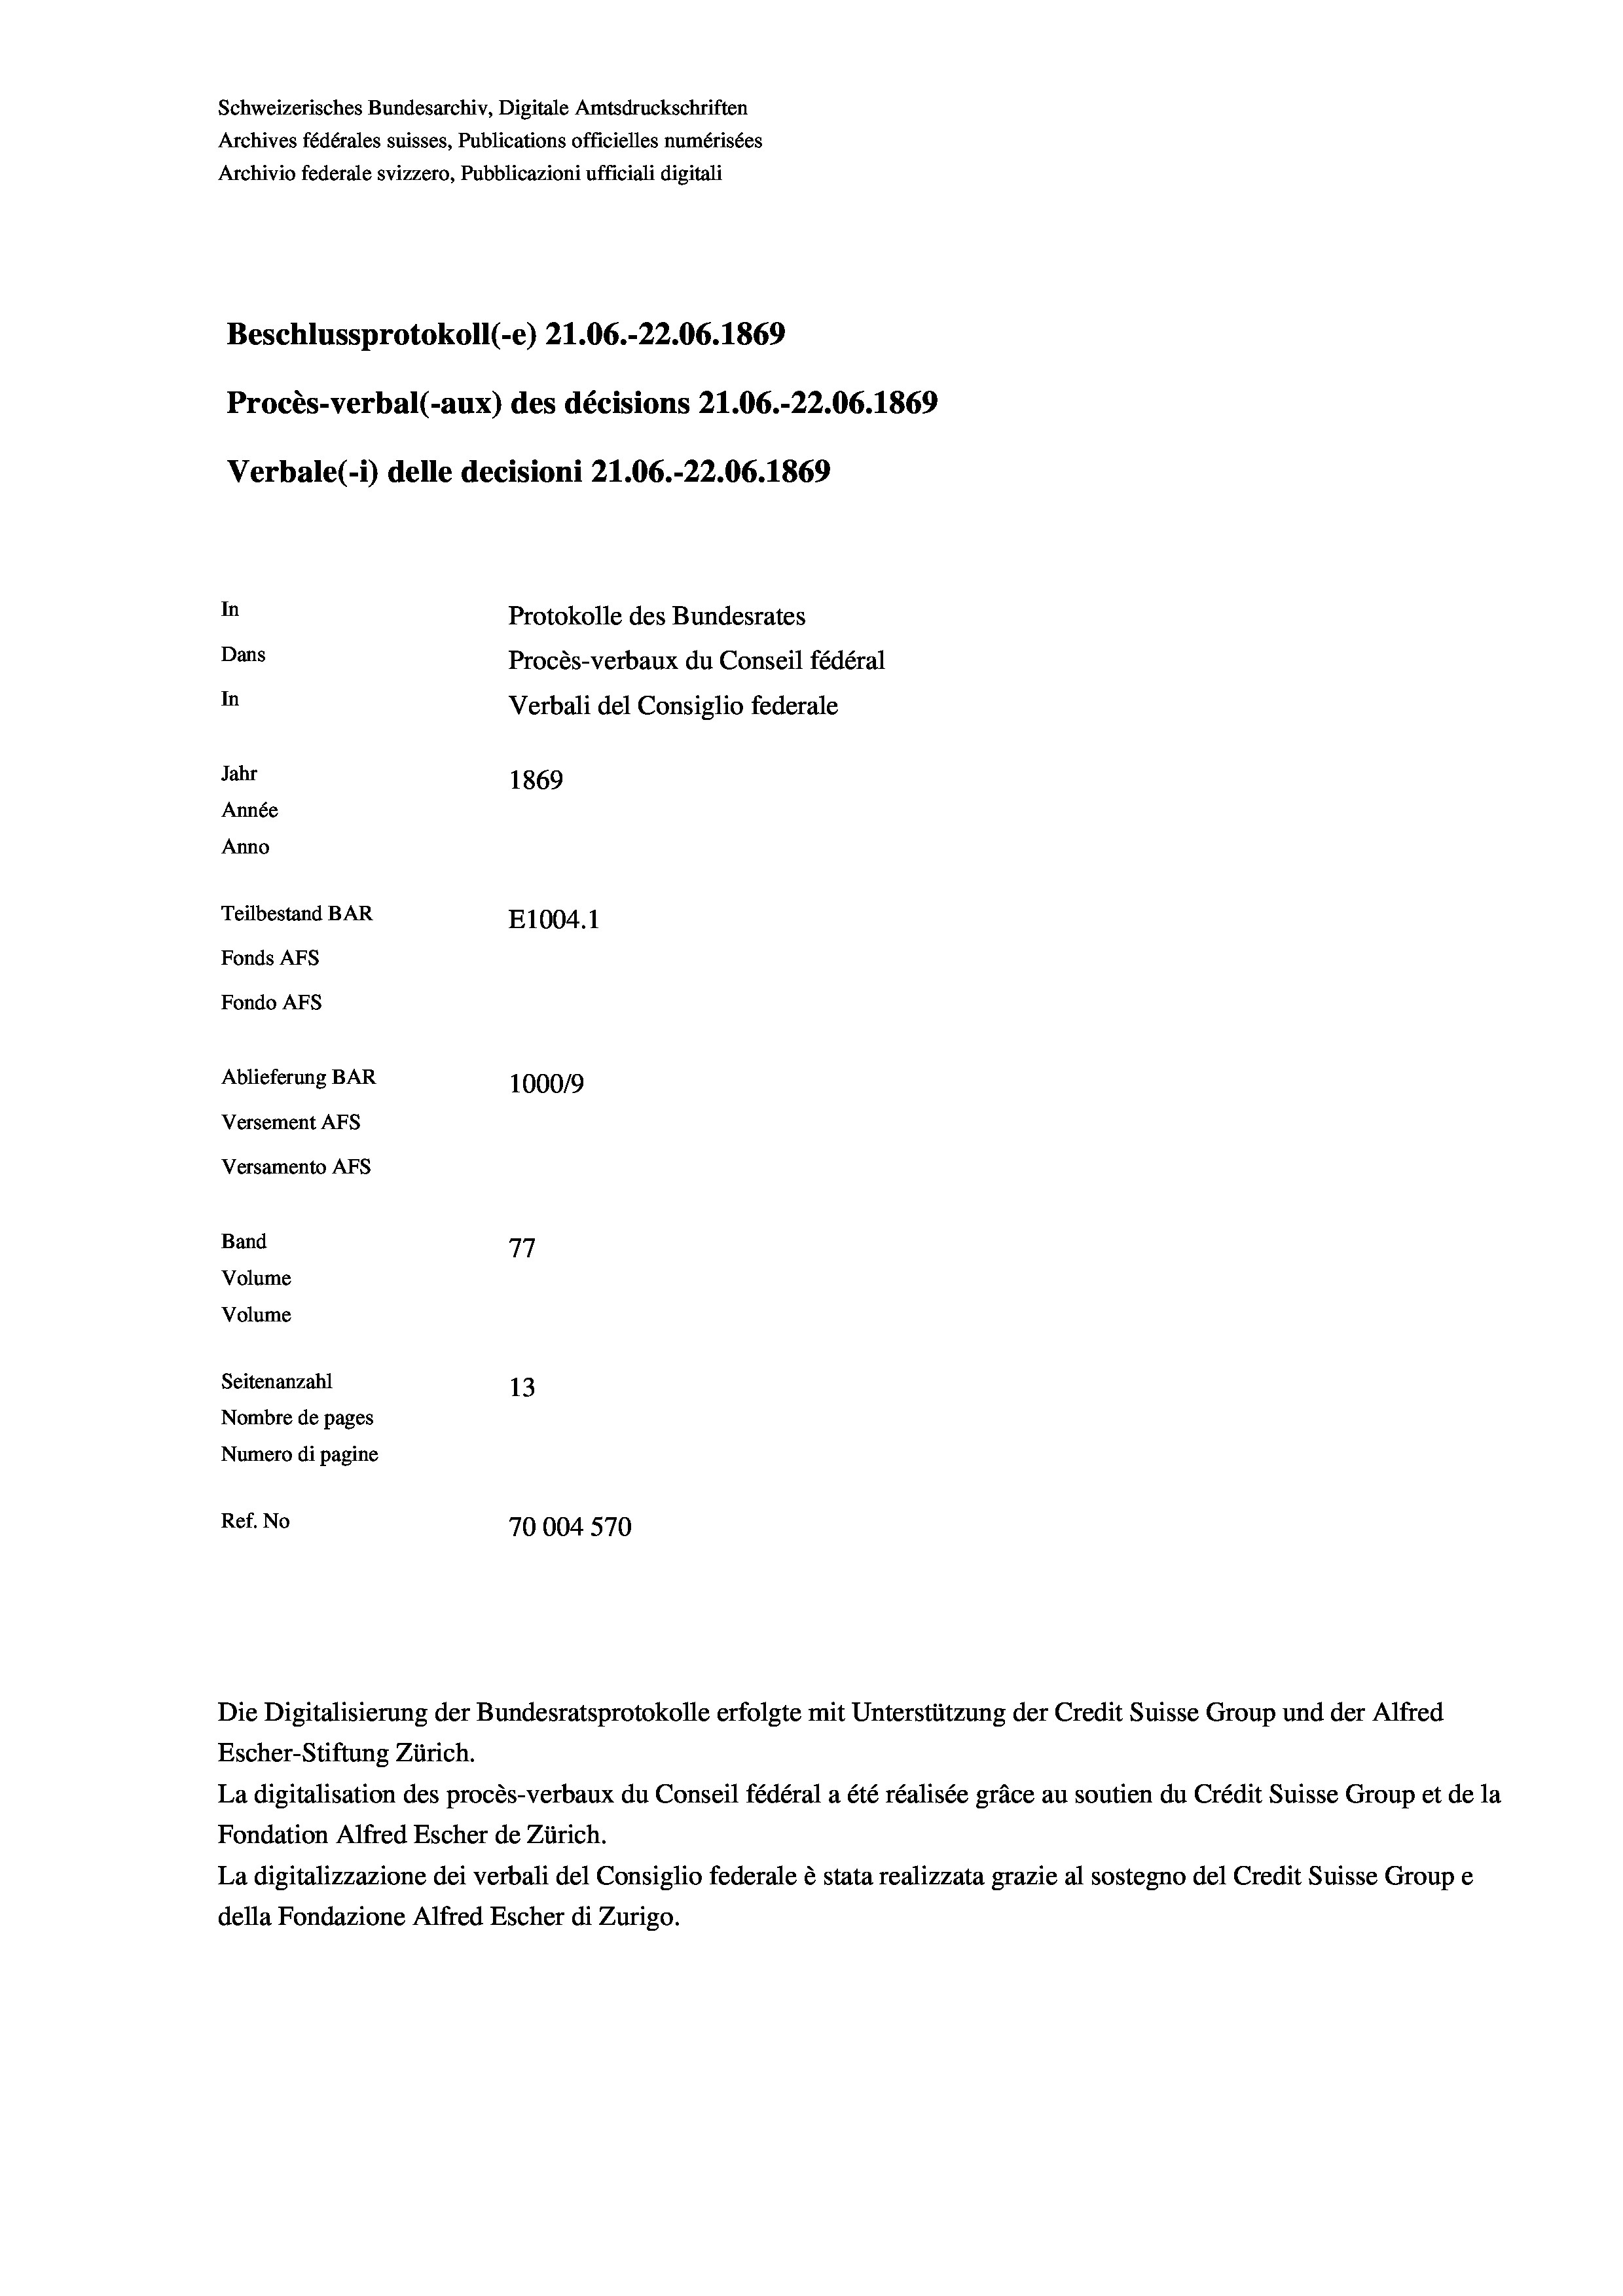
Schweizerisches Bundesarchiv, Digitale Amtsdruckschriften
Archives fédérales suisses, Publications officielles numérisées
Archivio federale svizzero, Pubblicazioni ufficiali digitali
Beschlussprotokoll (-e) 21.06.-22.06. 1869
Procès-verbal (-aux) des décisions 21.06.-22.06. 1869
Verbale(-*) delle decisioni 21.06.-22.06. 1869
In
Protokolle des Bundesrates
Dans
Procès-verbaux du Conseil fédéral
In
Verbali del Consiglio federale
Jahr
1869
Année
Anno
Teilbestand BAR
E1004.1
Fonds AFs
Fondo Afs
Ablieferung BAR
100019
Versement AFs
Versamento Afs
Band
77
Volume
Volume

Ref. No

Seitenanzahl
13
Nombre de pages
Numero di pagine
70004 570

Escher-Stiftung Zürich.
La digitalisation des procès-verbaux du Conseil fédéral a été réalisée gräce au soutien du Crédit Suisse Group et de la
Fondation Alfred Escher de Zürich.
La digitalizzazione dei verbali del Consiglio federale è stata realizzata grazie al sostegno del Credit Suisse Groupe
della Fondazione Alfred Escher di Zurigo.

Die Digitalisierung der Bundesratsprotokolle erfolgte mit Unterstützung der Credit Suisse Group und der Alfred